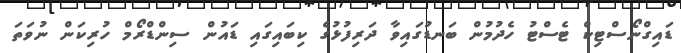
ޑައިގްނޯސްޓިކް ޓެސްޓު ހެދުމުން ބަނޑުގައިވާ ދަރިފުޅުގެ ކިބައިގައި ޑައުން ސިންޑްރޯމް ހުރިކަން ނުވަތަ